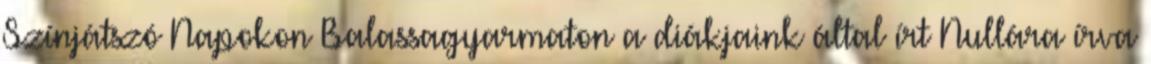
Színjátszó Napokon Balassagyarmaton a diákjaink által írt Nullára írva